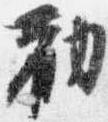
勧